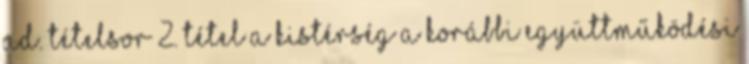
ad. tételsor 2. tétel A kistérség a korábbi együttműködési